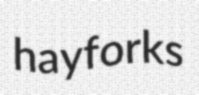
hayforks